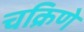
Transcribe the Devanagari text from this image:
चक्रिणे